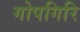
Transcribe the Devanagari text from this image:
गोपगिरि